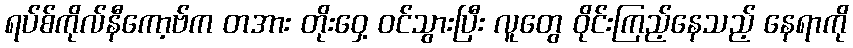
ရပ်စ်ကိုလ်နီကော့ဗ်က တအား တိုးဝှေ့ ဝင်သွားပြီး လူတွေ ဝိုင်းကြည့်နေသည့် နေရာကို